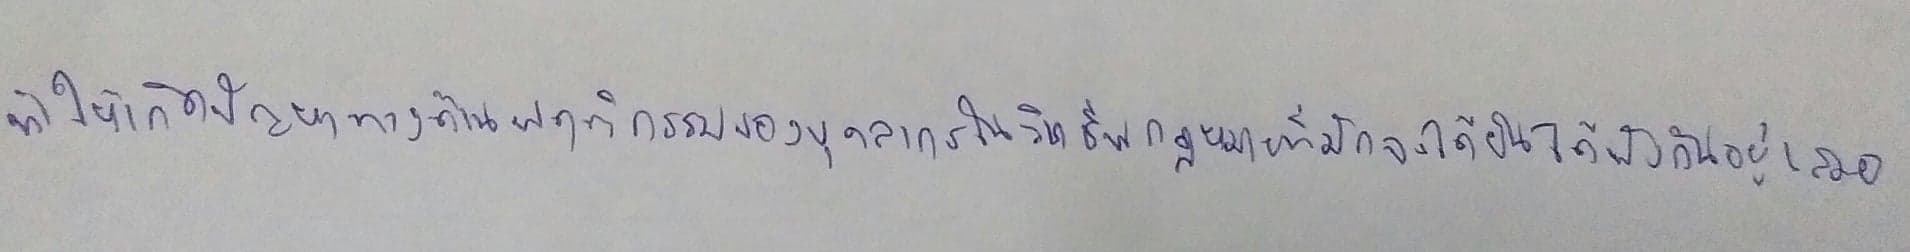
ทำให้เกิดปัญหาทางด้านพฤติกรรมของบุคลากรในวิชาชีพกฎหมายที่มักจะได้ยินได้ฟังกันอยู่เสมอ